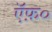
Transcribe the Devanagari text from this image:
ऍफ़०